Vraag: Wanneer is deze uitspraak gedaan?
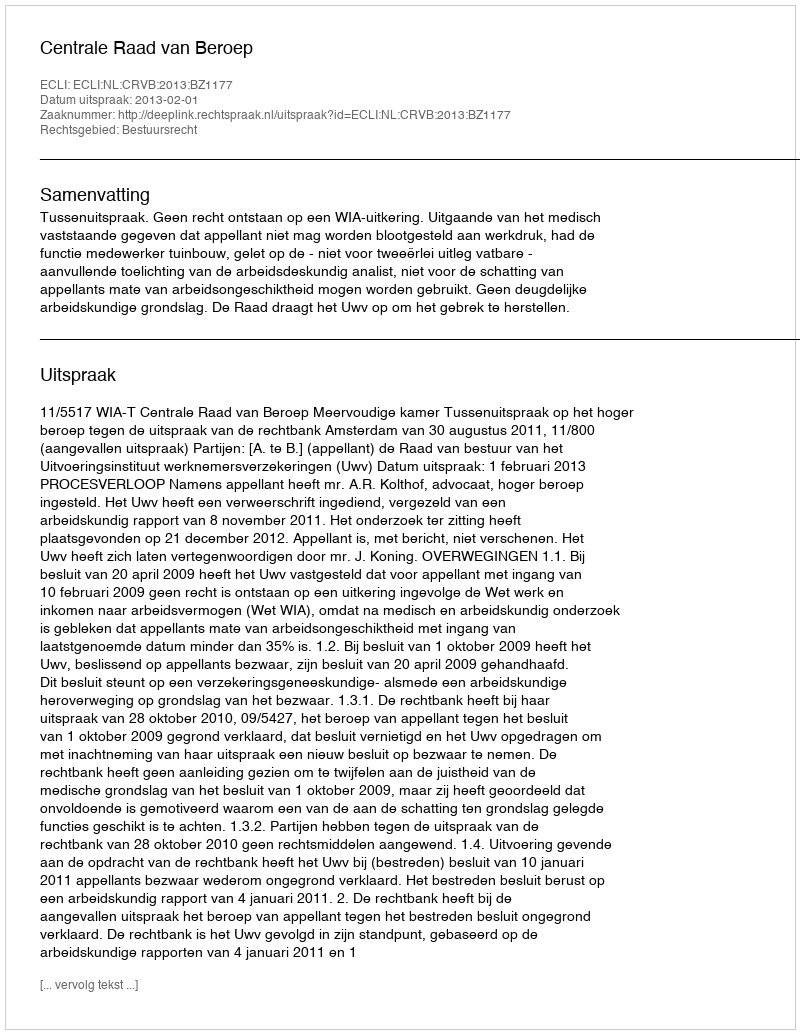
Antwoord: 2013-02-01